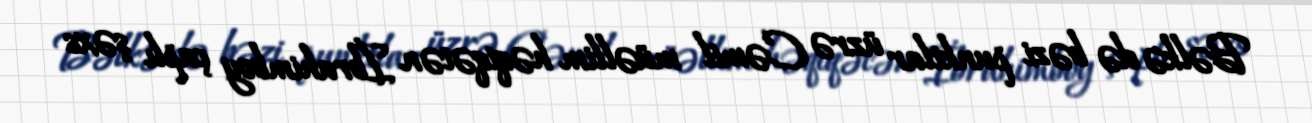
Bəlkə də bəzi punktlar üzrə Cəmil müəllim həqiqətən İbrahimboy çaplı şəxs